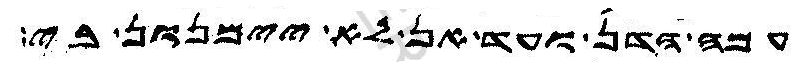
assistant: עמה הדן ועד אן לא יימנון בי